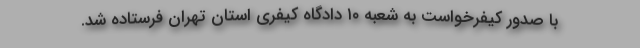
با صدور کیفرخواست به شعبه ۱۰ دادگاه کیفری استان تهران فرستاده شد.